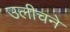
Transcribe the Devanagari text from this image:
उलीचने